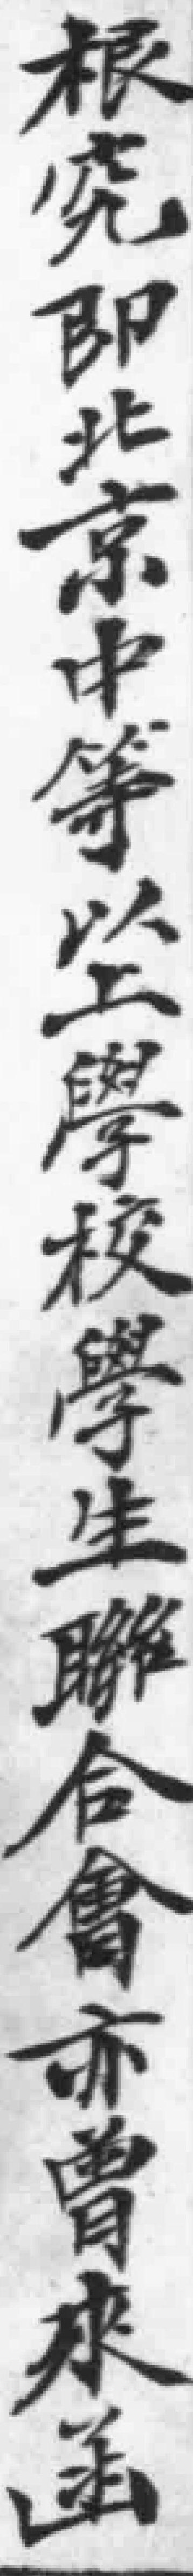
根究即北京中等以上學校學生聯合會亦曾來函